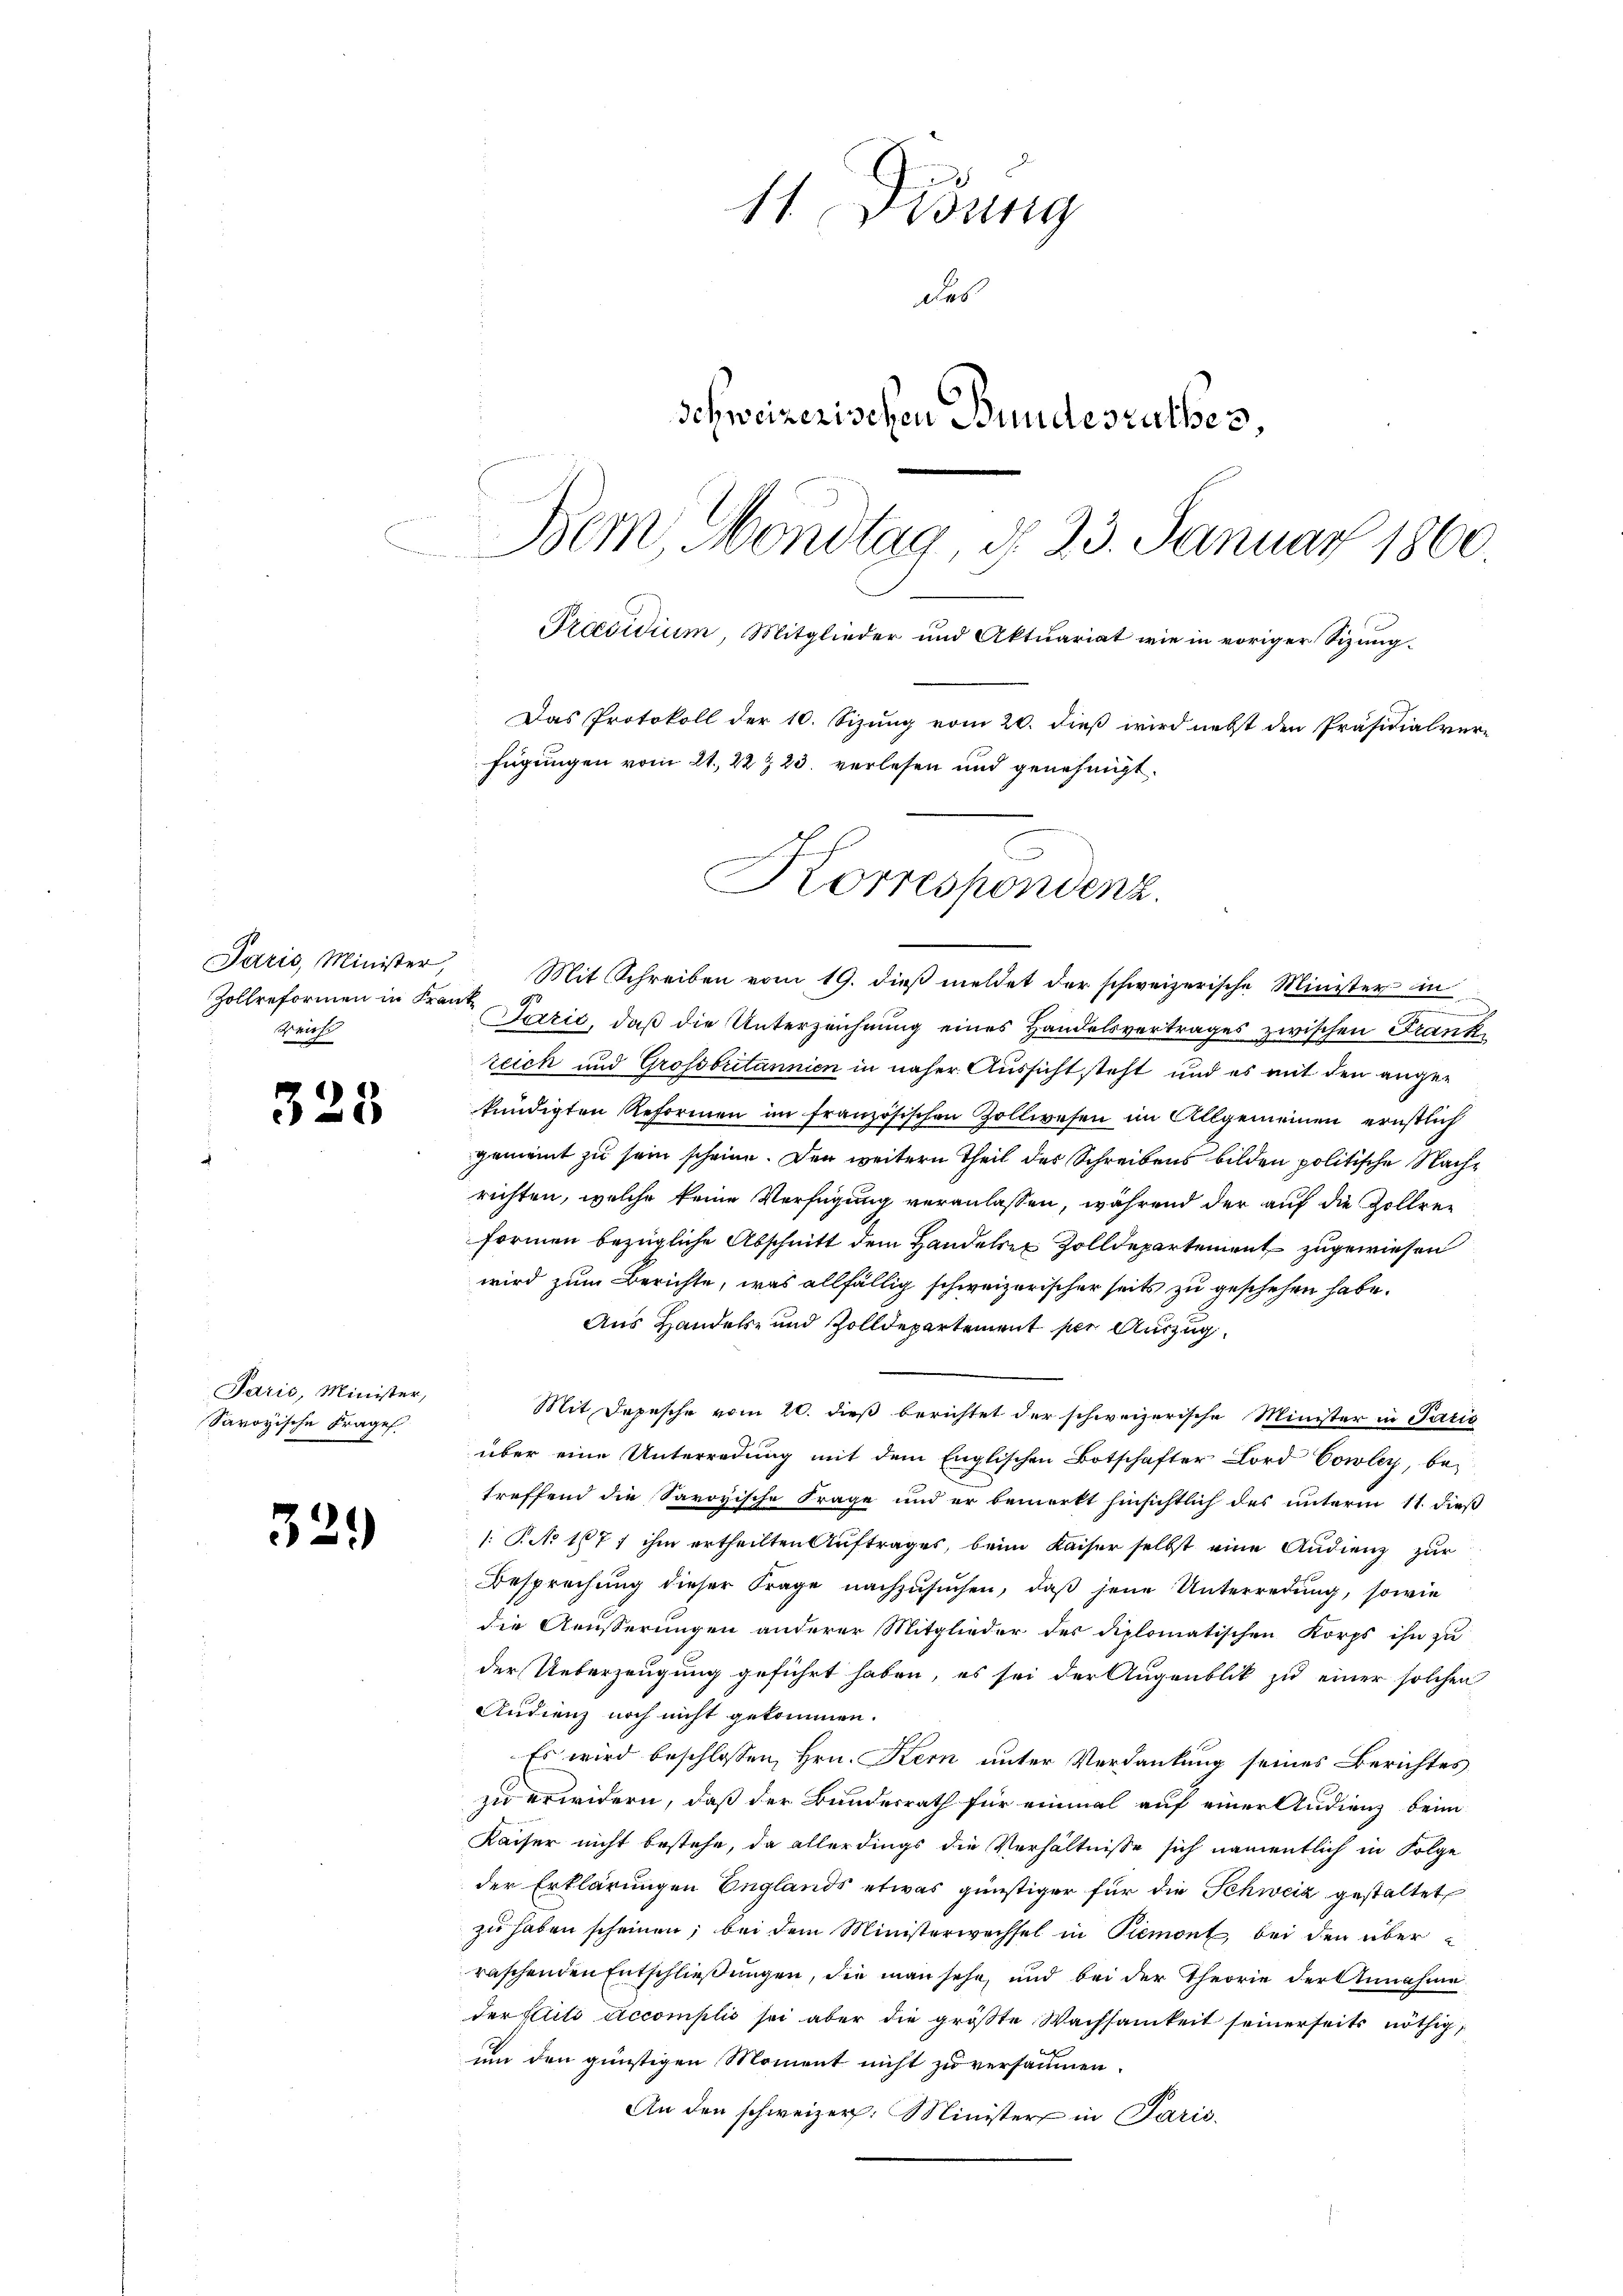
Schirte

323

Sarić, Minister,
Savoyische Frage

329)

11 Didung
des
Schweizerischen Bundesrathes,
Bem, Mondtag, d. 23. Januar 1860.
Preesidium, Mitglieder und Aktuariat wie in voriger Sizung¬
Das Protokoll der 10. Sizung vom 20. dieß wird nebst den Präsidialver-
fügungen vom 21. 22 & 23. verlesen und genehmigt.

C
Korrespondenz.

Paris, Minister, Mit Schreiben vom 19. dieβ meldet der schweizerische Minister in
Zollreformen in Kant rezić, daß die Unterzeichnung eines Handelsvertrages zwischen Frankreich und Grossbritannien in näher Aussicht steht und es mit den angekündigten Reformen im französischen Zollwesen im Allgemeinen ernstlich
gemeint zu sein scheine. Den weitern Theil des Schreibens bilden politische Nachrichten, welche keine Verfügung veranlassen, während der auf die Zollen
formen bezügliche Abschnitt dem Handelser Zolldepartement zugewiesen
wird zum Berichte, was allfällig schweizerischer seits zu geschehen habe.
Aus Handels- und Zolldepartement per Auszug
Mit Depesche vom 20. dieß berichtet der schweizerische Minister in Paris
über eine Unterredung mit dem Englischen Botschafter Lord Cowley, be-
treffend die Savoyische Frage und er bemerkt hinsichtlich des unterm 11. dieß
: P. No 1671 ihm ertheilten Auftrages, beim Kaiser selbst eine Audienz zur
Besprechung dieser Frage nachzusuchen, daß jene Unterredung, sowie
die Aeusserungen anderer Mitglieder der diplomatischen Korps ihn zu
der Ueberzeugung geführt haben, es sei der Augenblik zu einer solchen
Audienz noch nicht gekommen.
Es wird beschlossen, Hrn. Kern unter Verdankung seines Berichtes
zu erwidern, daß der Bundesrath für einmal auf einer Studienz beim
Kaiser nicht bestehe, da allerdings die Verhältnisse sich namentlich in Folge
der Erklärungen Englands etwas günstiger für die Schweiz gestaltet
zu haben scheinen; bei dem Ministerwechsel in Piemont, bei den überraschenden Entschließungen, die man sehe, und bei der Theorie der Annahme
der Elti accomplis sei aber die größte Wachsamkeit seinerseits nöthig,
um den günstigen Moment nicht zu versammen.
An den schweizer. Minister in Paris